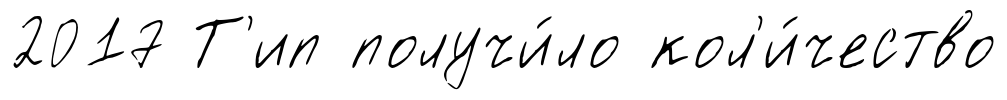
2017 Т'ип получи́ло кол'и́чество